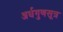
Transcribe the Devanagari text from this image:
अर्धगुणसूत्र